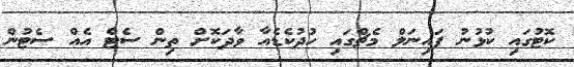
ކޮޓުގައި ކުޅުނު ފައިނަލް މެޗްގައި ހުދުކެޑެއާ ވާދަކޮށް ތިން ސެޓް އެއް ސެޓުން